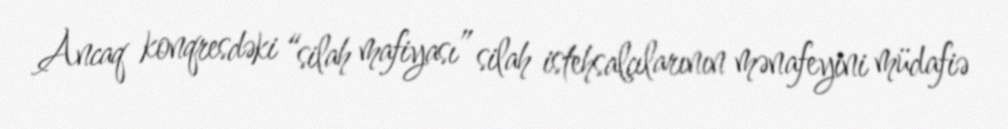
Ancaq konqresdəki “silah mafiyası” silah istehsalçılarının mənafeyini müdafiə